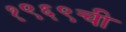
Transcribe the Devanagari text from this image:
१९६९ची